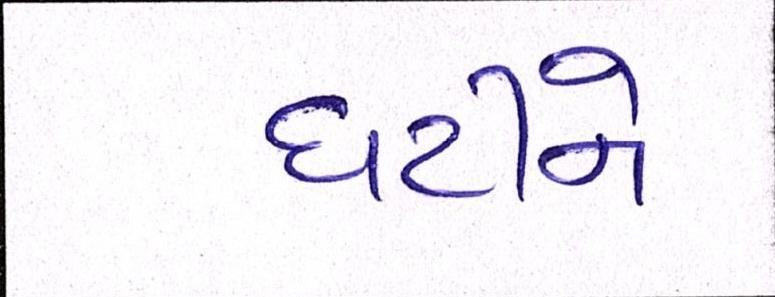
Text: ઘટીને